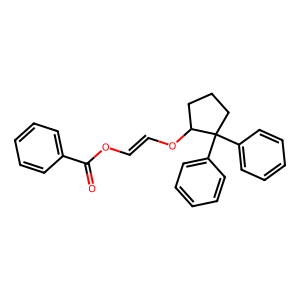
SMILES: O=C(OC=COC1CCCC1(c1ccccc1)c1ccccc1)c1ccccc1
Inhibits HIV replication: No